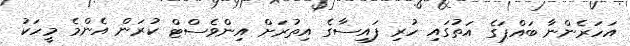
އަހަރެންނާ ބައްޕަގެ އަތުގައި ހުރި ފައިސާގެ އިތުރަށް އިންވެސްޓް ކުރަން އެންމެ މީހަކު